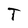
Character: T